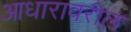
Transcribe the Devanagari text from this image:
आधारावरील